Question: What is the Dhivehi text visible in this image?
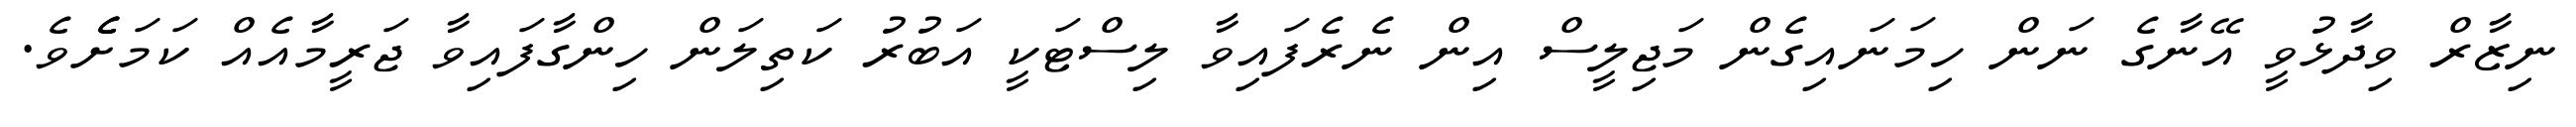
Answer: ނިޒާރް ވިދާޅުވީ އޭނާގެ ނަން ހިމަނައިގެން މަޖިލީސް އިން ނެރެފައިވާ ލިސްޓަކީ އަބުރު ކަތިލަން ހިންގާފައިވާ ޖަރީމާއެއް ކަމަށެެވެ.